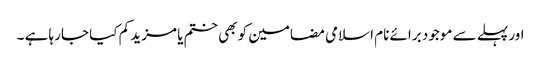
اور پہلے سے موجود برائے نام اسلامی مضامین کو بھی ختم یا مزید کم کیا جارہا ہے ۔